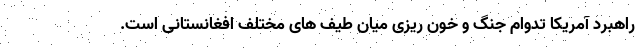
راهبرد آمریکا تدوام جنگ و خون ریزی میان طیف های مختلف افغانستانی است.